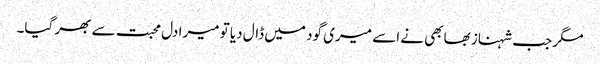
مگر جب شہناز بھابھی نے اسے میری گود میں ڈال دیا تو میرا دل محبت سے بھر گیا۔